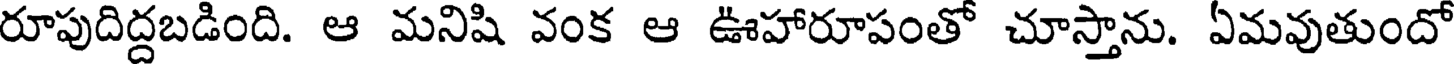
రూపుదిద్దబడింది. ఆ మనిషి వంక ఆ ఊహారూపంతో చూస్తాను. ఏమవుతుందో